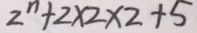
2 ^ { n } + 2 \times 2 \times 2 + 5